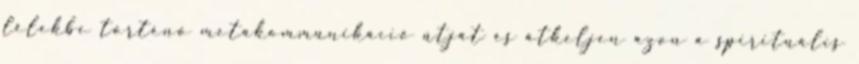
lélekbe történő metakommunikáció útját és átkeljen azon a spirituális